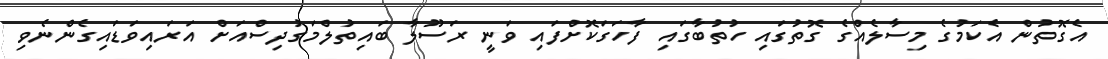
އެގޮތުން އެކަމުގެ މިސާލެއްގެ ގޮތުގައި ހުތުބާގައި ފާހަގަކޮށްފައި ވަނީ ރަސޫލާ ބައިތުލްމަގުދިސްއަށް އަރައިވަޑައިގެންނެވި